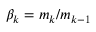
\beta _ { k } = m _ { k } / m _ { k - 1 }